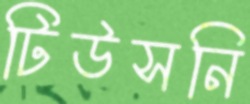
টিউসনি